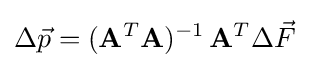
\Delta {\vec {p}}=(\mathbf {A} ^{T}\mathbf {A} )^{-1}\,\mathbf {A} ^{T}\Delta {\vec {F}}